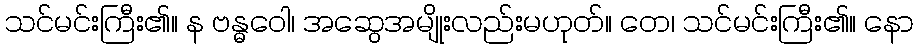
သင်မင်းကြီး၏။ န ဗန္ဓဝေါ၊ အဆွေအမျိုးလည်းမဟုတ်။ တေ၊ သင်မင်းကြီး၏။ နော